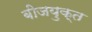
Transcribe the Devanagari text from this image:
बीजयुक्त